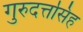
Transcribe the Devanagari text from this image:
गुरुदत्तसिंह